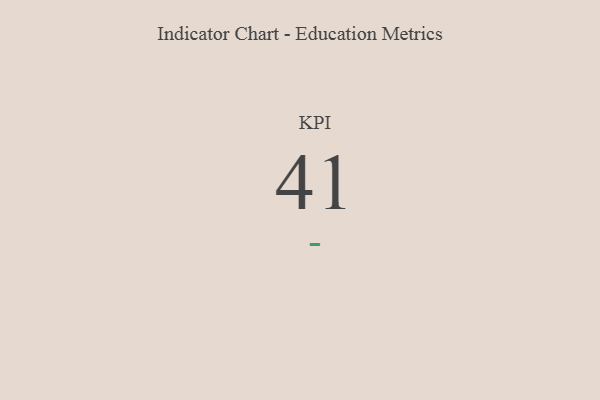
{"axis": {"x": "KPI", "y": "Value"}, "legend": [""], "data": [{"x": "KPI", "y": 41, "type": ""}]}